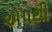
એપથી